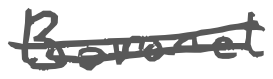
Text: Baronet
Cross-out: double-line
Writing tool: digital_gray